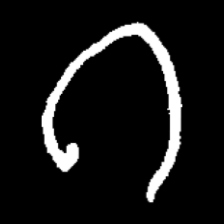
Pyu character \u2014 Myanmar letter: ဂ (romanized: ga)